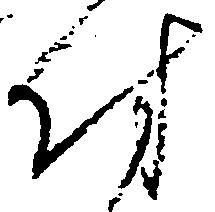
付